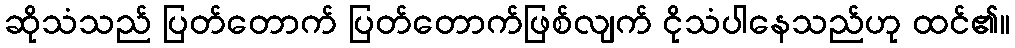
ဆိုသံသည် ပြတ်တောက် ပြတ်တောက်ဖြစ်လျက် ငိုသံပါနေသည်ဟု ထင်၏။